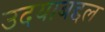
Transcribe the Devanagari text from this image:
उदयाबद्दल